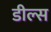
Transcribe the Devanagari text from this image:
डील्स